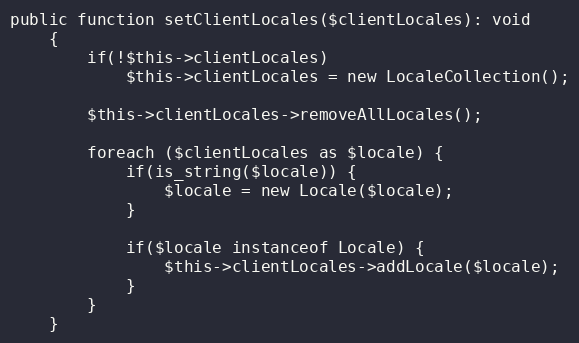
Language: PHP
public function setClientLocales($clientLocales): void
    {
        if(!$this->clientLocales)
            $this->clientLocales = new LocaleCollection();

        $this->clientLocales->removeAllLocales();

        foreach ($clientLocales as $locale) {
            if(is_string($locale)) {
                $locale = new Locale($locale);
            }

            if($locale instanceof Locale) {
                $this->clientLocales->addLocale($locale);
            }
        }
    }